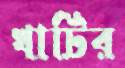
খাটির